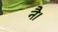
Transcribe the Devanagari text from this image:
नै।